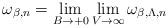
LaTeX: \begin{align*}\omega_{\beta, {n}} = \lim_{B \to +0} \lim _{V \to \infty} \omega_{\beta,\Lambda,{n}}\end{align*}